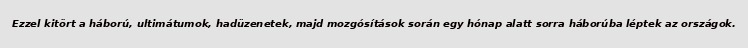
Ezzel kitört a háború, ultimátumok, hadüzenetek, majd mozgósítások során egy hónap alatt sorra háborúba léptek az országok.